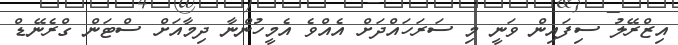
އިޒްރޭލު ސިފައިން ވަނީ މި ސަރަހައްދަށް އެއްވެ އެމީހުންނާ ދިމާއަށް ސްޓަން ގްރެނޭޑް